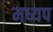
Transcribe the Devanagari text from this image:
मध्यप